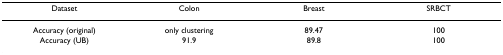
<table><thead><tr><td><b>Dataset</b></td><td><b>Colon</b></td><td><b>Breast</b></td><td><b>SRBCT</b></td></tr></thead><tbody><tr><td>Accuracy (original)</td><td>only clustering</td><td>89.47</td><td>100</td></tr><tr><td>Accuracy (UB)</td><td>91.9</td><td>89.8</td><td>100</td></tr></tbody></table>